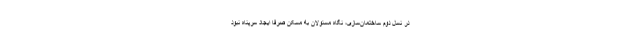
در نسل دوم ساختمان‌سازی، نگاه مسئولان به مسکن صرفاً ایجاد سرپناه نبود